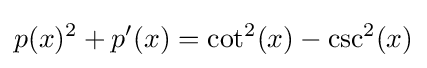
p(x)^{2}+p'(x)=\cot ^{2}(x)-\csc ^{2}(x)